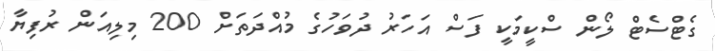
ގެޓްސެޓް ލޯން ސްކީމަކީ ފަސް އަހަރު ދުވަހުގެ މުއްދަތަށް 200 މިލިއަން ރުފިޔާ